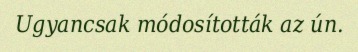
Ugyancsak módosították az ún.